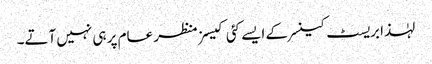
لہٰذا بریسٹ کینسر کے ایسے کئی کیسز منظر عام پر ہی نہیں آتے۔